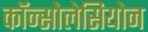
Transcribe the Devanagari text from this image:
कॉन्सोलेसियोन